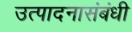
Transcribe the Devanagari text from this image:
उत्पादनासंबंधी